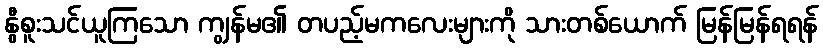
နွီစူးသင်ယူကြသော ကျွန်မ၏ တပည့်မကလေးများကို သားတစ်ယောက် မြန်မြန်ရရန်